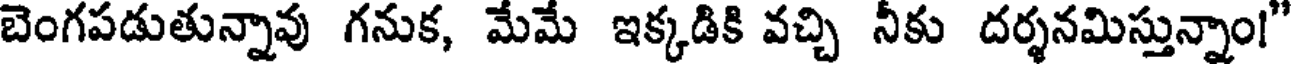
బెంగపడుతున్నావు గనుక, మేమే ఇక్కడికి వచ్చి నీకు దర్శనమిస్తున్నాం!"